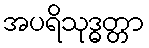
အပရိသုဒ္ဓတ္တာ